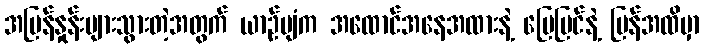
အမြန်နှုန်းများသွားတဲ့အတွက် ယာဉ်ပျံက အထောင်အနေအထားနဲ့ မြေပြင်နဲ့ ပြန်အထိမှာ